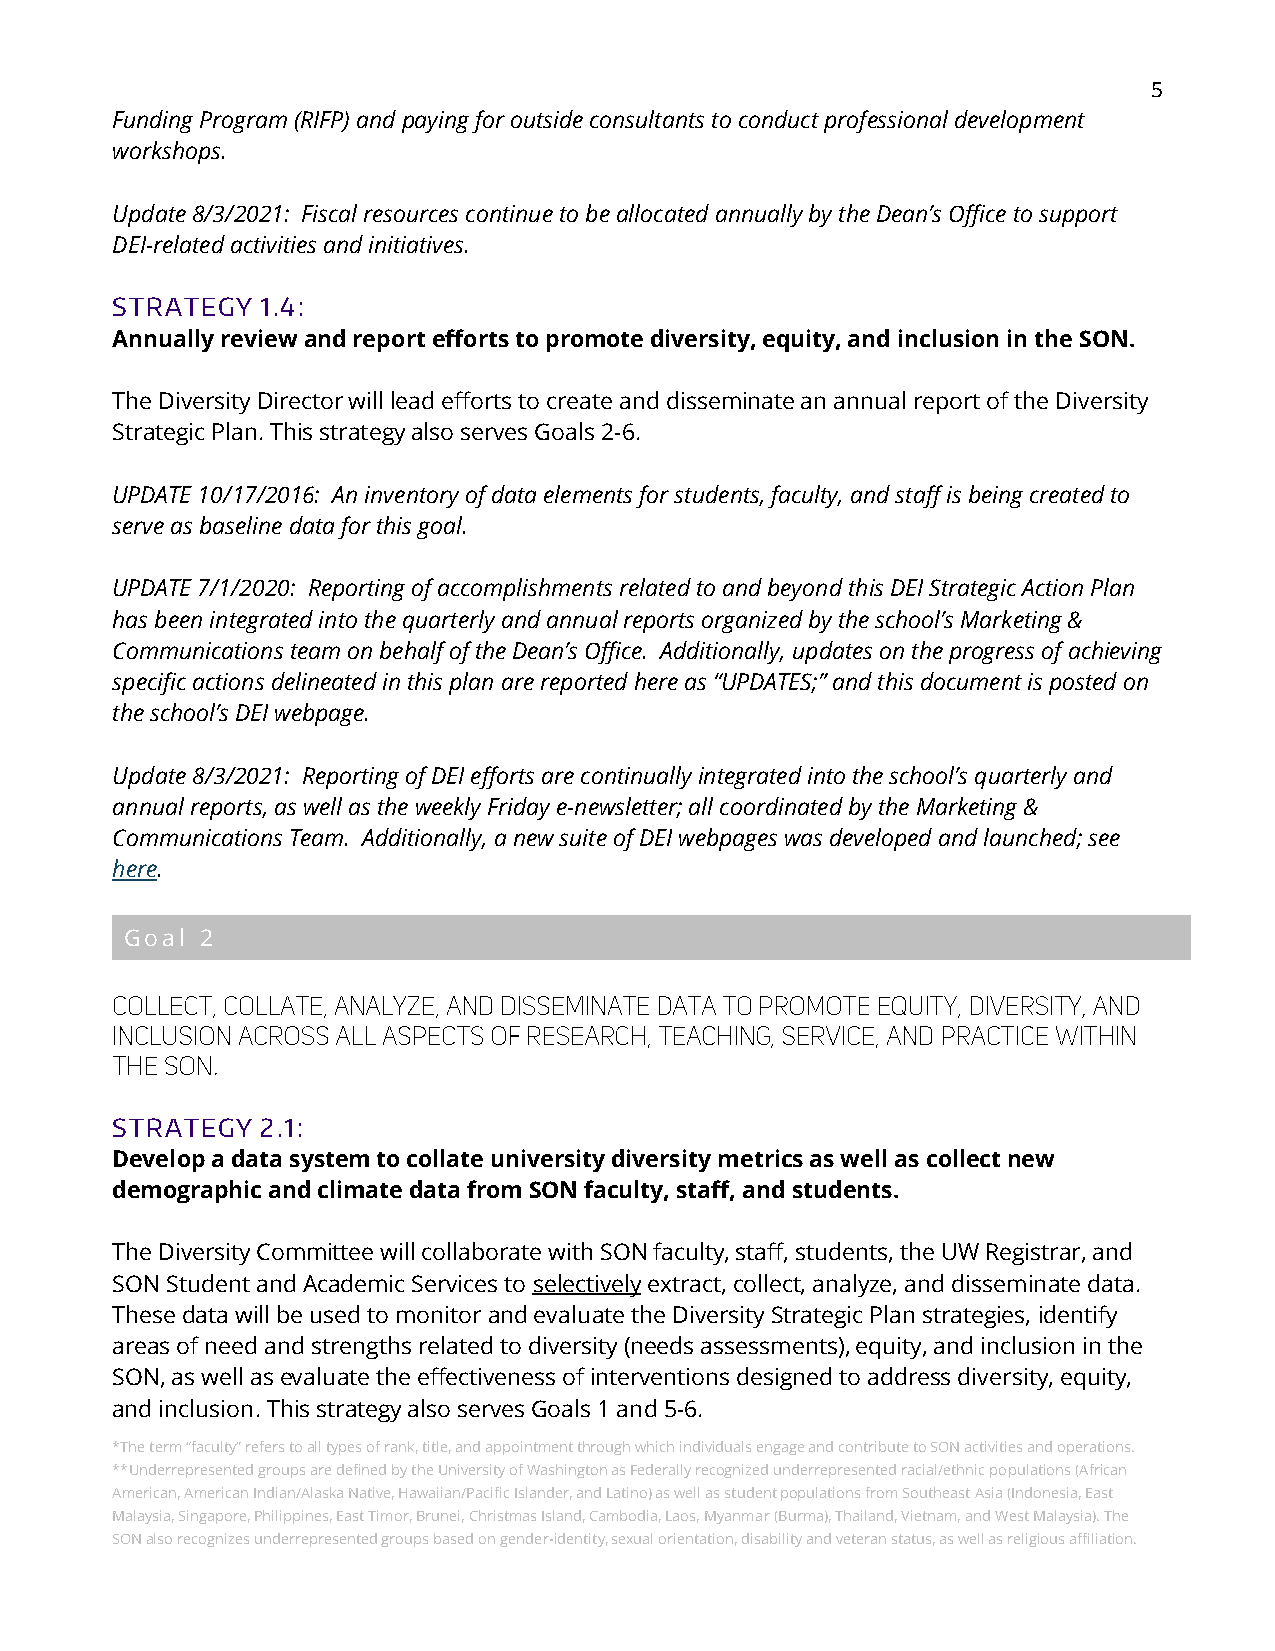
5
 Funding Program (RIFP) and paying for outside consultants to conduct professional development
 workshops.
 Update 8/3/2021: Fiscal resources continue to be allocated annually by the Dean’s Office to support
 DEI-related activities and initiatives.
 STRATEGY  1.4:
 Annually review and report efforts to promote diversity, equity, and inclusion in the SON.
 The Diversity Director will lead efforts to create and disseminate an annual report of the Diversity
 Strategic Plan. This strategy also serves Goals 2-6.
 UPDATE 10/17/2016: An inventory of data elements for students, faculty, and staff is being created to
 serve as baseline data for this goal.
 UPDATE 7/1/2020: Reporting of accomplishments related to and beyond this DEI Strategic Action Plan
 has been integrated into the quarterly and annual reports organized by the school’s Marketing &
 Communications team on behalf of the Dean’s Office. Additionally, updates on the progress of achieving
 specific actions delineated in this plan are reported here as “UPDATES;” and this document is posted on
 the school’s DEI webpage.
 Update 8/3/2021: Reporting of DEI efforts are continually integrated into the school’s quarterly and
 annual reports, as well as the weekly Friday e-newsletter; all coordinated by the Marketing &
 Communications Team. Additionally, a new suite of DEI webpages was developed and launched; see
 here.
 Goal 2
 STRATEGY  2.1:
 Develop a data system to collate university diversity metrics as well as collect new
 demographic and climate data from SON faculty, staff, and students.
 The Diversity Committee will collaborate with SON faculty, staff, students, the UW Registrar, and
 SON Student and Academic Services to selectively extract, collect, analyze, and disseminate data.
 These data will be used to monitor and evaluate the Diversity Strategic Plan strategies, identify
 areas of need and strengths related to diversity (needs assessments), equity, and inclusion in the
 SON, as well as evaluate the effectiveness of interventions designed to address diversity, equity,
 and inclusion. This strategy also serves Goals 1 and 5-6.
 *The term “faculty” refers to all types of rank, title, and appointment through which individuals engage and contribute to SON activities and operations.
 **Underrepresented groups are defined by the University of Washington as Federally recognized underrepresented racial/ethnic populations (African
 American, American Indian/Alaska Native, Hawaiian/Pacific Islander, and Latino) as well as student populations from Southeast Asia (Indonesia, East
 Malaysia, Singapore, Philippines, East Timor, Brunei, Christmas Island, Cambodia, Laos, Myanmar (Burma), Thailand, Vietnam, and West Malaysia). The
 SON also recognizes underrepresented groups based on gender-identity, sexual orientation, disability and veteran status, as well as religious affiliation.